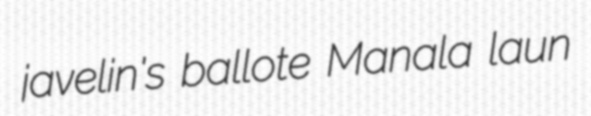
javelin's ballote Manala laun